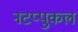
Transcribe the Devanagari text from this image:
नटप्पुकल